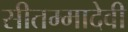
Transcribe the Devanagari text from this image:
सीतम्मादेवी